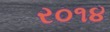
ર૦૧૪